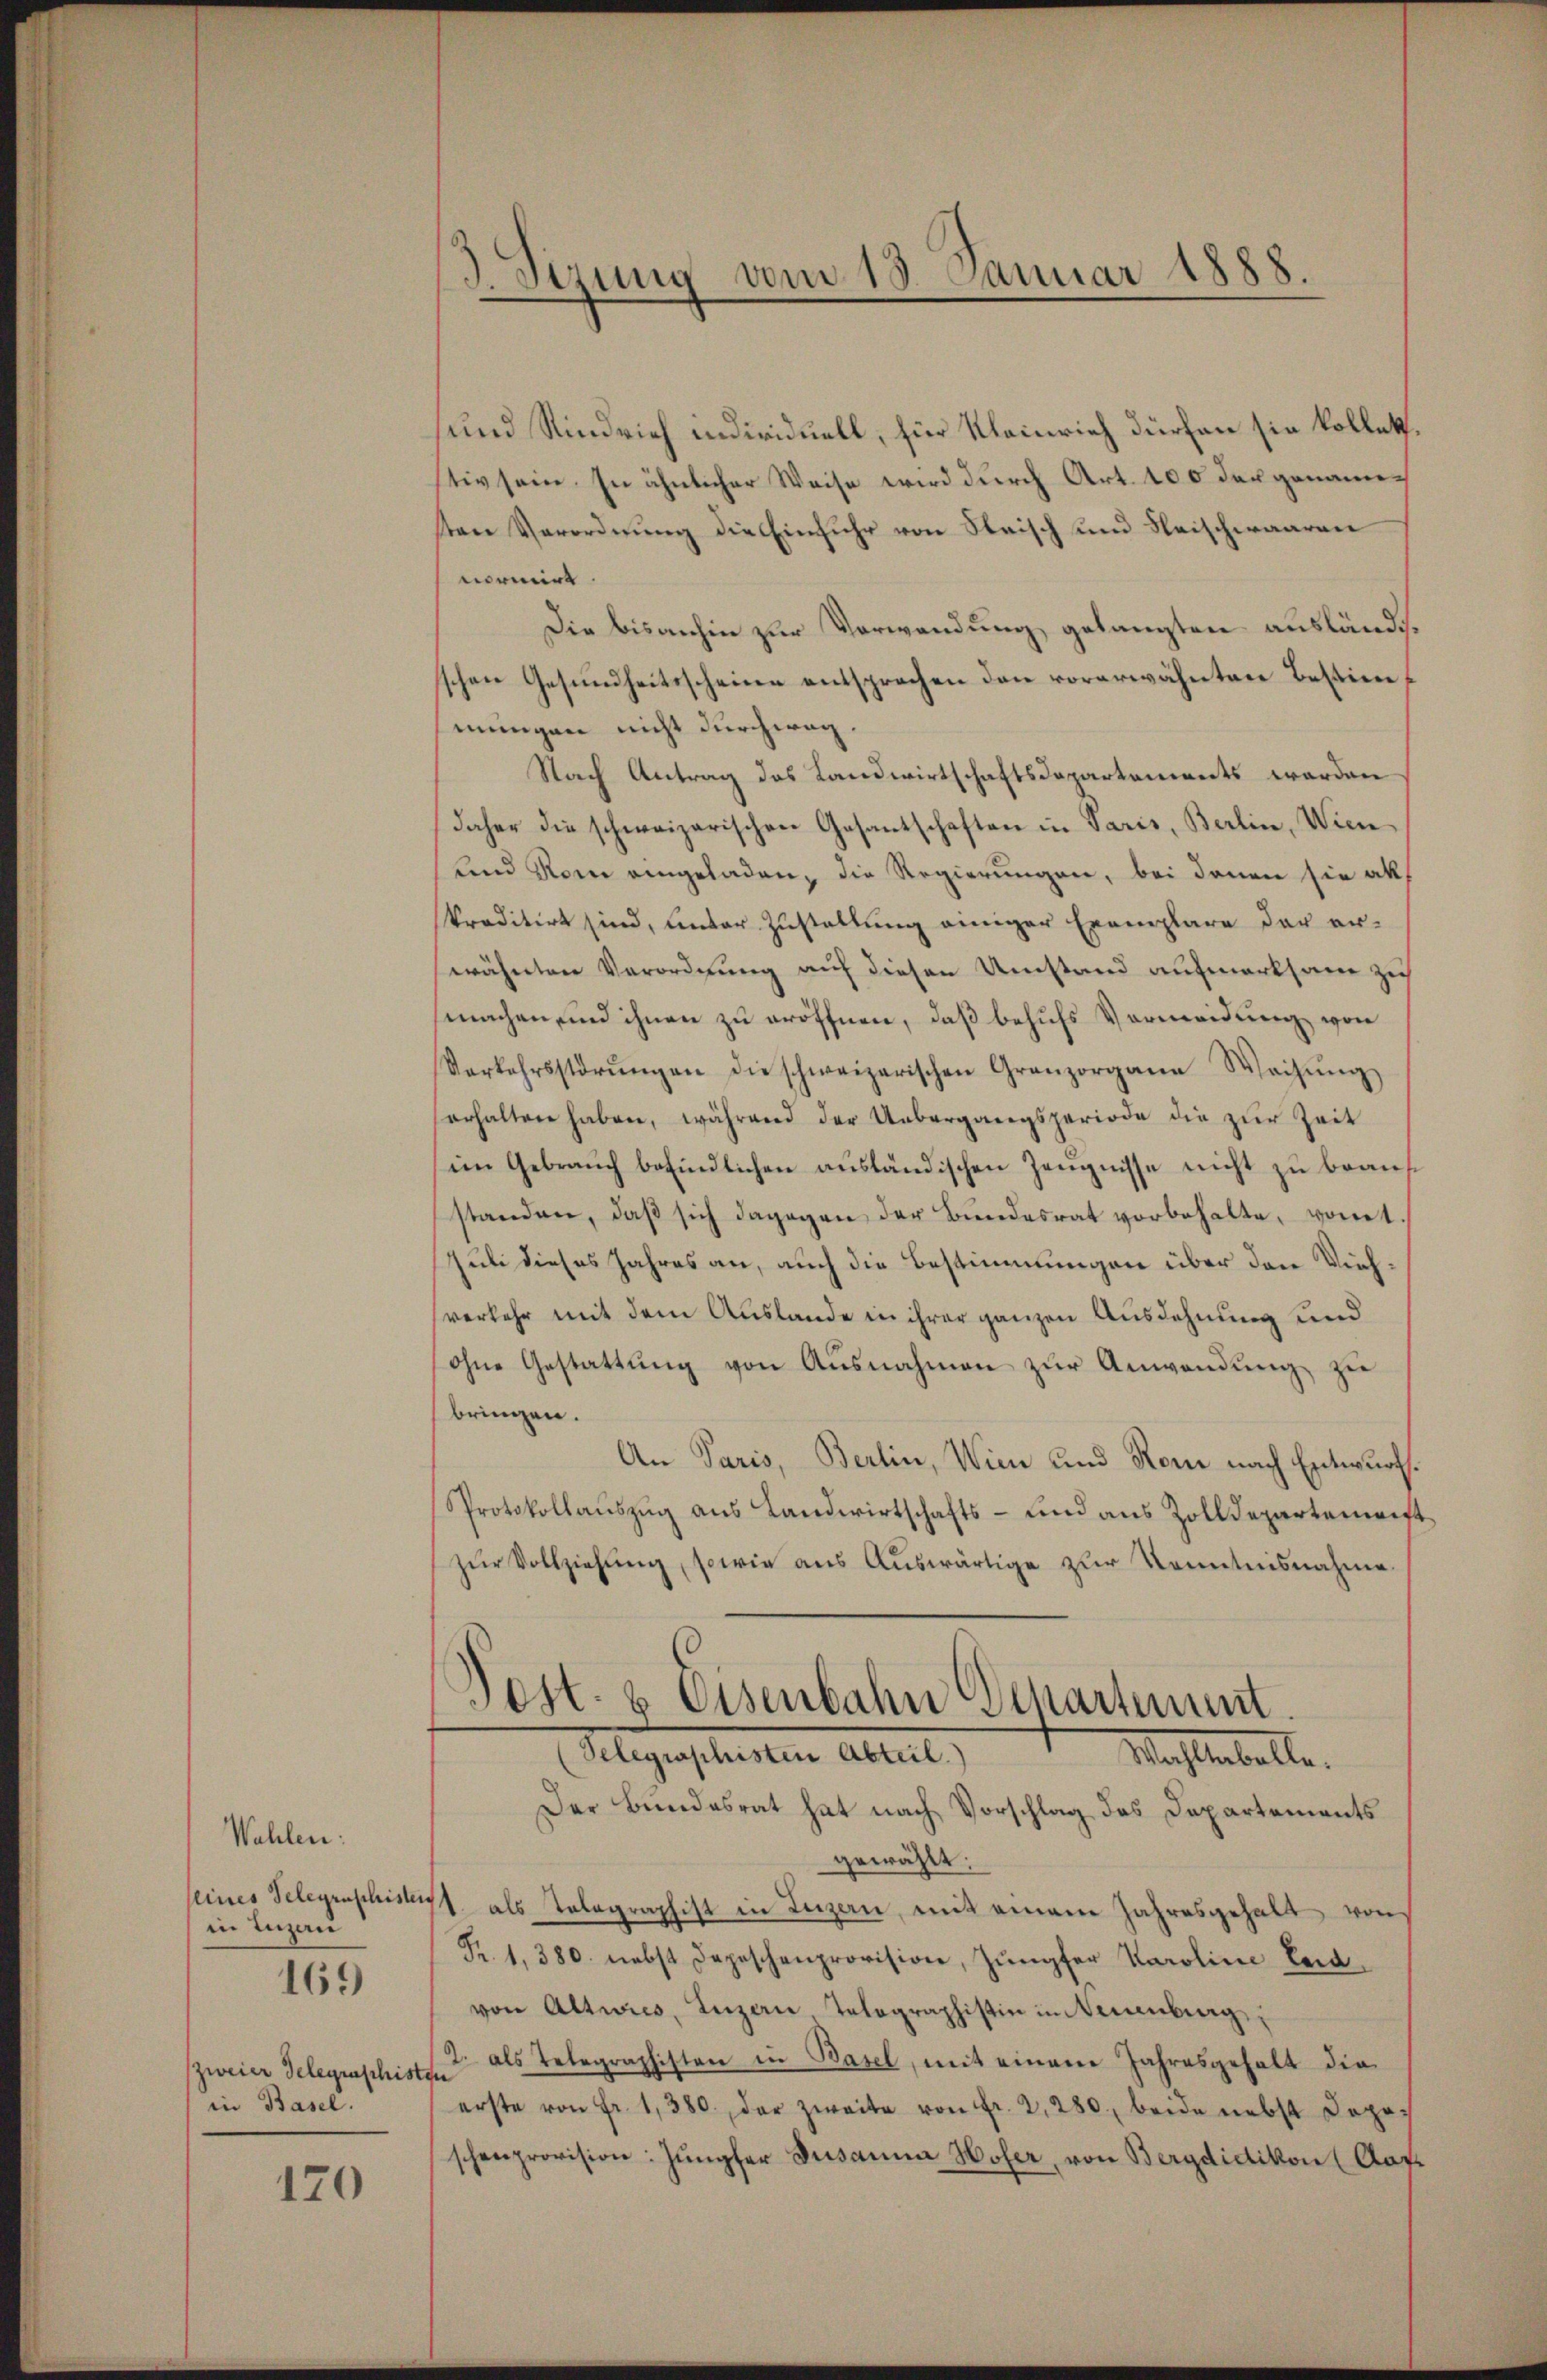
Wahlen:
seines Telegraschister
in Luzern
169
(zweier Gelegenschist
in Basel.

170

888.
gung vom 15. Januar

und Rindrich individuell, für Kleinrich dürfen sie kollet.
tiv sein. In ähnlicher Weise wird durch Art. 100 der genannten Verordnung die Einfuhr von Fleisch und Fleischwaaren
normirt
Die bisanhin zur Verwendung gelangten ausländischen Gesundheitsscheine entsprochen den vorerwähnten Bestimmungen nicht durchweg.
Nach Antrag des Landwirtschaftsdepartements werden
daher die schweizerischen Gesantschaften in Paris, Berlin, Wien
und Rom eingeladen, die Regierungen, bei denen sie all
kreditirt sind, unter Zustellung einiger Exemplare der er-
wähnten Verordnung auf diesen Umstand aufmerksam zich
machen, und ihnen zu eröffnen, daß behufs Vermeidung von
Verkehrsstörŭngen die schweizerischen Granzorgane Weisŭng
erhalten haben, während der Uebergangsperiode die zŭr Zeit
im Gebrauch befindlichen aŭsländischen Zeŭgnisse nicht zu beaufstanden, daß sich dagegen der Bundesrat vorbehalte, womit
Juli dieses Jahres an, auch die Bestimmungen über den Viehverkehr mit dem Auslande in ihrer ganzen Ausdehnung und
ohne Gestattŭng von Ausnahmen zŭr Anwendŭng zŭ
bringen.
An Paris, Berlin, Wien und Rom nach Entwurf.
Protokollauszug aus Landwirtschafts- und aus Zolldepartemrift
zŭr Vollziehŭng, sowie aŭs Aŭswärtige zur Kenntnisnahme
Post- & Eisenbahn Departiunt.
Selegraphisten Abteil.)
Machtabelle.
Der Bundesrat hat nach Vorschlag des Departements
gewählt:
¬
als Telegraphist in Luzern, mit einem Jahresgehalt von
Fr. 1, 380. nebst Depeschenprovision, Jungfer Karoline Beravon Altwies, Luzern Telegraphistin in Neuenburg,
2. als Telegraphisten in Basel, mit einem Jahresgehalt die
n
erste von fr. 1380 der zweite von fr. 2, 280, beide nebst Depos
schenprovision: Jungfer Jusanna Hofer, von Bergdidikon (Aar